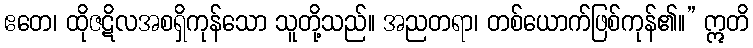
ဧတေ၊ ထိုဇဋိလအစရှိကုန်သော သူတို့သည်။ အညတရာ၊ တစ်ယောက်ဖြစ်ကုန်၏။” ဣတိ